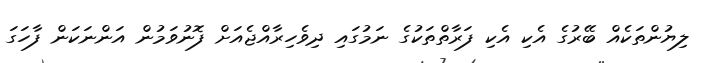
ލިޔުންތަކެއް ބޭރުގެ އެކި އެކި ފަރާތްތަކުގެ ނަމުގައި ދިވެހިރާއްޖެއަށް ފޮނުވަމުން އަންނަކަން ފާހަގަ